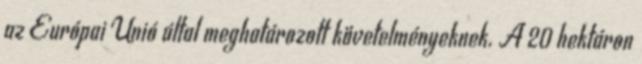
az Európai Unió által meghatározott követelményeknek. A 20 hektáron